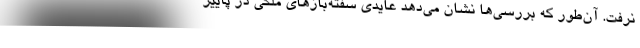
نرفت. آن‌طور که بررسی‌ها نشان می‌دهد عایدی سفته‌بازهای ملکی در پاییز